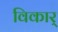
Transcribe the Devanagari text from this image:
विकार्